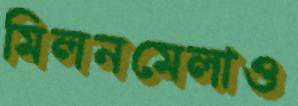
মিলনমেলাও